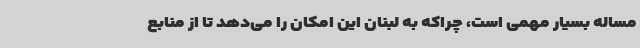
مساله‌ بسیار مهمی است، چراکه به لبنان این امکان را می‌دهد تا از منابع